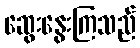
ဆွေးနွေးကြသည်